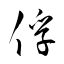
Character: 俘